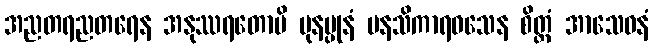
အညတရညတရေန အနုဿရတောပိ ပုနပ္ပုနံ မနသိကာရဝသေန စိတ္တံ အာသေဝနံ